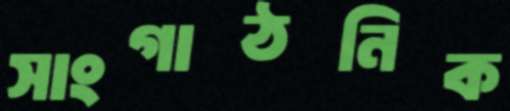
সাংগাঠনিক